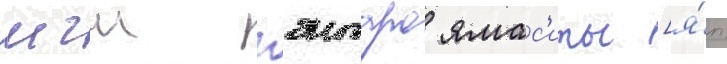
мгш гэнтаро ямас'иты [я́п.